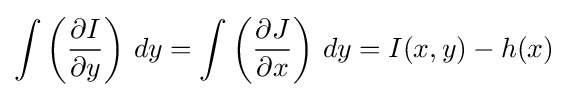
\int \left({\partial I \over \partial y}\right)\,dy=\int \left({\partial J \over \partial x}\right)\,dy=I(x,y)-h(x)